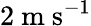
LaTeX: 2~\mathrm{m~s^{-1}}